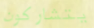
يتشاركون